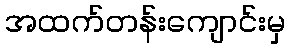
အထက်တန်းကျောင်းမှ